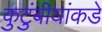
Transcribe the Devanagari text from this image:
कुटुंबीयांकडे